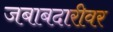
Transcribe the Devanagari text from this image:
जबाबदारीवर